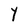
Character: Y